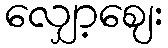
လျှော့ဈေး